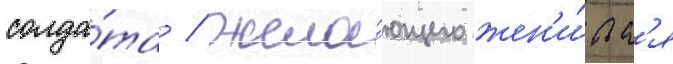
солда́та / жела́ющего жен'и́тьс'я